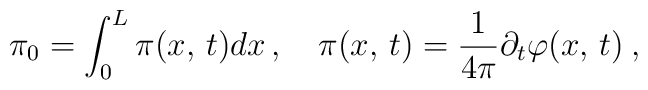
\pi _{0}=\int ^{L}_{0}\pi (x,\, t)dx\, ,\quad \pi (x,\, t)=\frac{1}{4\pi }\partial _{t}\varphi (x,\, t)\: ,